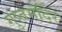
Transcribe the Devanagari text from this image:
गुप्तमंदिर